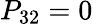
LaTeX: P_{32}=0